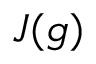
J ( g )